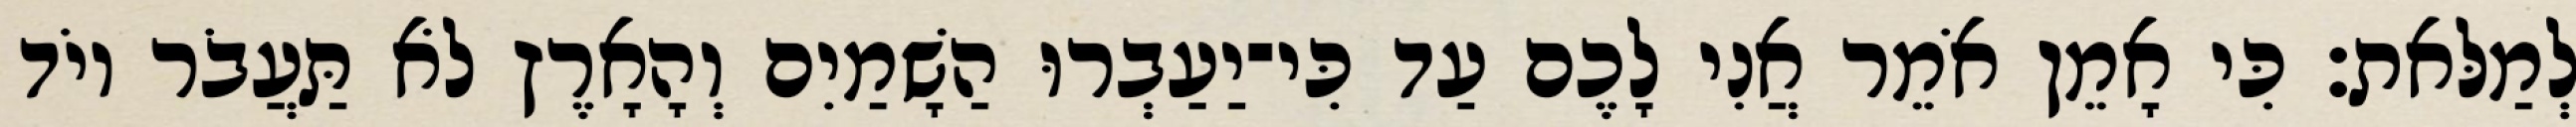
לְמַלּאת׃ כִּי אָמֵן אֹמֵר אֲנִי לָכֶם עַד כִּי־יַעַבְרוּ הַשָׁמַיִם וְהָאָרֶץ לֹא תַּעֲבֹר יוֹד